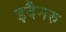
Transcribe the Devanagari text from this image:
इदैनरु